Account of plague administration in the Bombay Presidency from September 1896 till May 1897
Year: 1896
Disease focus: Plague
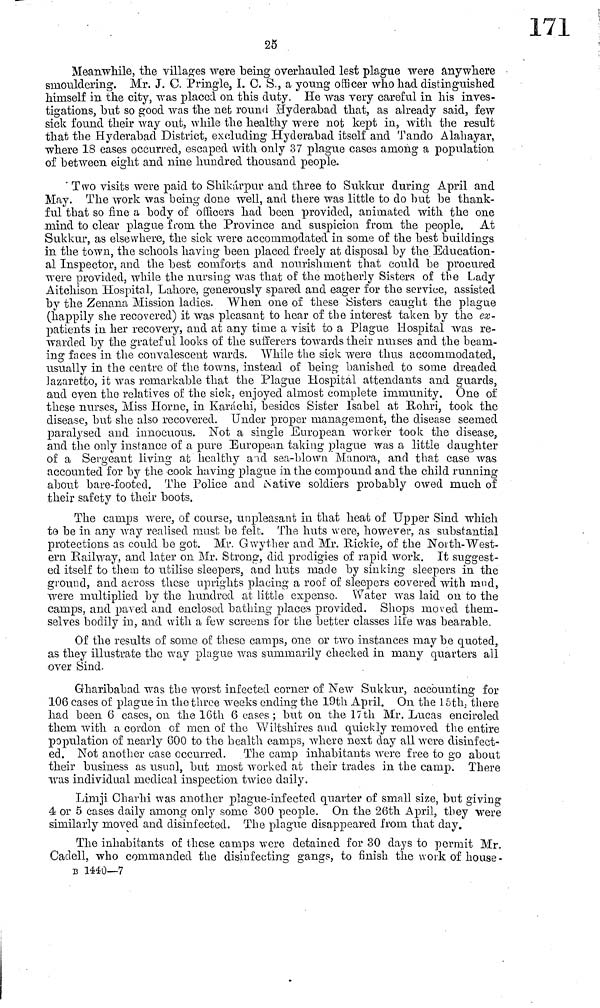
25
Meanwhile, the villages were "being overhauled lest plague were anywhere
smouldering. Mr. J. C. Pringle, I. C. S., a young officer who had distinguished
himself in the city, was placed on this duty. He was very careful in his inves-
tigations, but so good was the net round Hyderabad that, as already said, few
sick found their way out, while the healthy were not kept in, with the result
that the Hyderabad District, excluding Hyderabad itself and Tando Alahayar,
where 18 cases occurred, escaped with only 37 plague cases among a population
of between eight and nine hundred thousand people.
Two visits were paid to Shikárpur and three to Sukkur during April and
May. The work was being done well, and there was little to do but be thank-
ful that so fine a body of officers had been provided, animated with the one
mind to clear plague from the Province and suspicion from the people. At
Sukkur, as elsewhere, the sick were accommodated in some of the best buildings
in the town, the schools having been placed freely at disposal by the Education-
al Inspector, and the best comforts and nourishment that could be procured
were provided, while the nursing was that of the motherly Sisters of the Lady
Aitchison Hospital, Lahore, generously spared and eager for the service, assisted
by the Zenana Mission ladies. When one of these Sisters caught the plague
(happily she recovered) it was pleasant to hear of the interest taken by the ex-
patients in her recovery, and at any time a visit to a Plague Hospital was re-
warded by the grateful looks of the sufferers towards their nuises and the beam-
ing faces in the convalescent wards. While the sick were thus accommodated,
usually in the centre of the towns, instead of being banished to some dreaded
lazaretto, it was remarkable that the Plague Hospital attendants and guards,
and even the relatives of the sick, enjoyed almost complete immunity. One of
these nurses, Miss Home, in Karachi, besides Sister Isabel at Rohri, took the
disease, but she also recovered. Under proper management, the disease seemed
paralysed and innocuous. Not a single European worker took the disease,
and the only instance of a pure European taking plague was a little daughter
of a Sergeant living at healthy and sea-blown Manora, and that case was
accounted for by the cook having plague in the compound and the child running
about bare-footed. The Police and Native soldiers probably owed much of
their safety to their boots.
The camps were, of course, unpleasant in that heat of Upper Sind which
to be in any way realised must be felt. The huts were, however, as substantial
protections as could bo got. Mr. Gwyther and Mr. Rickie, of the North-West-
ern Railway, and later on Mr. Strong, did prodigies of rapid work. It suggest-
ed itself to them to utilise sleepers, and huts made by sinking sleepers in the
ground, and across these uprights placing a roof of sleepers covered with mud,
were multiplied by the hundred at little expense. Water was laid on to the
camps, and paved and enclosed bathing places provided. Shops moved them-
selves bodily in, and with a few screens for the better classes life was bearable.
Of the results of some of these camps, one or two instances may be quoted,
as they illustrate the way plague was summarily checked in many quarters all
over Sind.
Gharibabad was the worst infected corner of New Sukkur, accounting for
106 cases of plague in the three weeks ending the 19th April. On the 15th, there
had been 6 cases, on the 16th 6 cases ; but on the 17th Mr. Lucas encircled
them with a cordon of men of the "Wiltshires and quickly removed the entire
population of nearly 600 to the health camps, where next day all were disinfect-
ed. Not another case occurred. The camp inhabitants were free to go about
their business as usual, but most worked at their trades in the camp. There
was individual medical inspection twice daily.
Limji Charhi was another plague-infected quarter of small size, but giving
4 or 5 cases daily among only some 300 people. On the 26th April, they were
similarly moved and disinfected. The plague disappeared from that clay.
The inhabitants of these camps were detained for 30 days to permit Mr.
Cadell, who commanded the disinfecting gangs, to finish the work of house-
B 1440—7